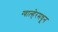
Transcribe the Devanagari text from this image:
ग्वाल्हेरमधून